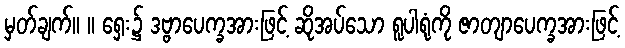
မှတ်ချက်။ ။ ရှေး၌ ဒဗ္ဗာပေက္ခအားဖြင့် ဆိုအပ်သော ရူပါရုံကို ဇာတျာပေက္ခအားဖြင့်